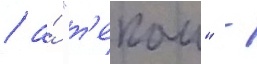
/ а́ "т'екаи" -